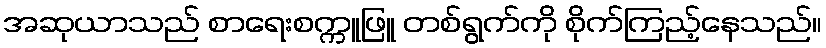
အဆုယာသည် စာရေးစက္ကူဖြူ တစ်ရွက်ကို စိုက်ကြည့်နေသည်။